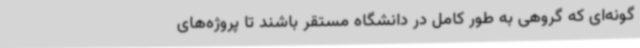
گونه‌ای که گروهی به طور کامل در دانشگاه مستقر باشند تا پروژه‌های